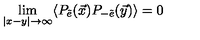
\lim _ { \vert x - y \vert \rightarrow \infty } \langle P _ { \tilde { e } } ( \vec { x } ) P _ { - \tilde { e } } ( \vec { y } ) \rangle = 0